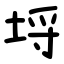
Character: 埒